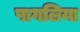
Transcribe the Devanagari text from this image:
पागलिया